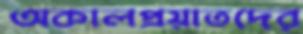
অকালপ্রয়াতদের